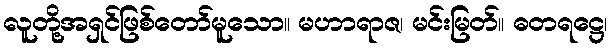
လူတို့အရှင်ဖြစ်တော်မူသော။ မဟာရာဇ၊ မင်းမြတ်။ ဓတရဋ္ဌေ၊